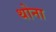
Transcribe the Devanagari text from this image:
थोना